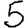
Digit: 5